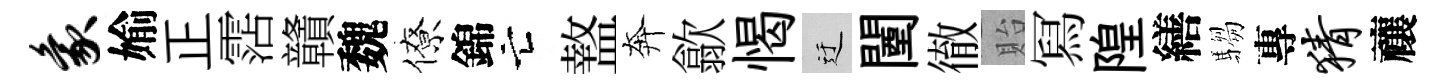
象媮正霑贛魏僚錦亡盩奔歙愒迂闉徹貽冩隍繕騶專猜禳